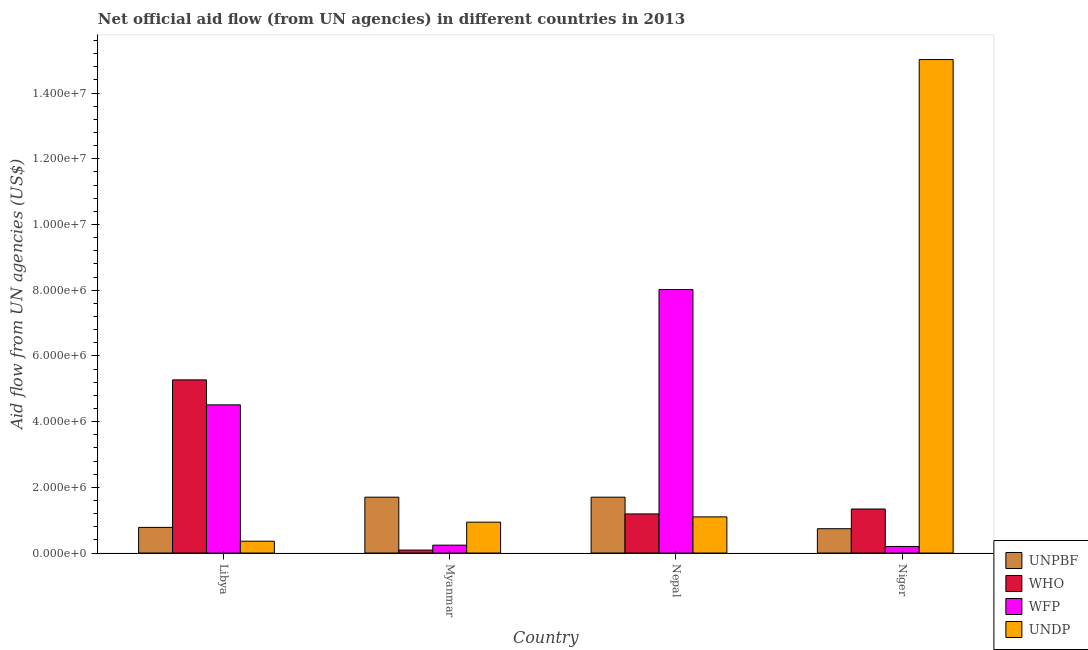
| Country | UNPBF | WHO | WFP | UNDP |
 | --- | --- | --- | --- | --- |
 | Libya | 7.8e+05 | 5.27e+06 | 4.51e+06 | 3.6e+05 |
 | Myanmar | 1.7e+06 | 9e+04 | 2.4e+05 | 9.4e+05 |
 | Nepal | 1.7e+06 | 1.19e+06 | 8.02e+06 | 1.1e+06 |
 | Niger | 7.4e+05 | 1.34e+06 | 2e+05 | 1.5e+07 |